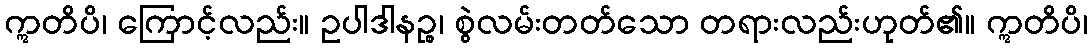
ဣတိပိ၊ ကြောင့်လည်း။ ဥပါဒါနဉ္စ၊ စွဲလမ်းတတ်သော တရားလည်းဟုတ်၏။ ဣတိပိ၊